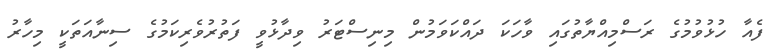
ފެއާ ހުޅުވުމުގެ ރަސްމިއްޔާތުގައި ވާހަކަ ދައްކަވަމުން މިނިސްޓަރު ވިދާޅުވީ ފަތުރުވެރިކަމުގެ ސިނާއަތަކީ މިހާރު